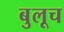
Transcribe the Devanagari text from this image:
बुलूच